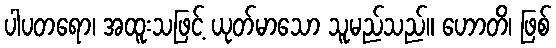
ပါပတရော၊ အထူးသဖြင့် ယုတ်မာသော သူမည်သည်။ ဟောတိ၊ ဖြစ်